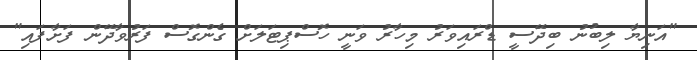
"އަނިޔާ ލިބުނު ބިދޭސީ ޑްރައިވަރު މިހާރު ވަނީ ހޮސްޕިޓަލަށް ގެންގޮސް ފަރުވާދޭން ފަށާފައި"